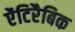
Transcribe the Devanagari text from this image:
ऐंटिरैबिक